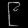
Digit: ၉